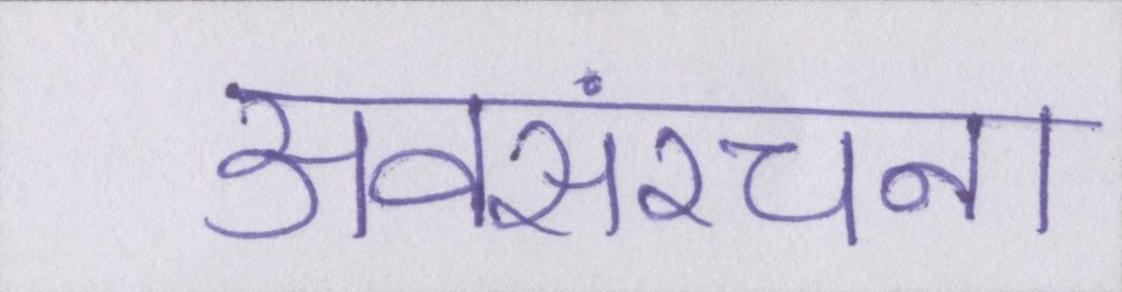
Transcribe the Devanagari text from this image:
अवसंरचना